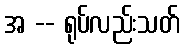
အ -- ရုပ်လည်းသတ်